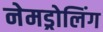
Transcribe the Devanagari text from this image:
नेमड्रोलिंग